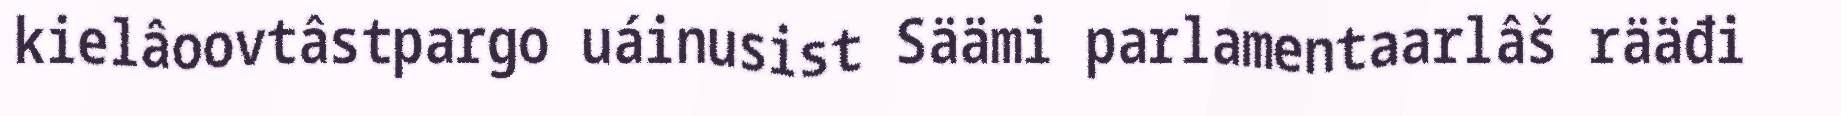
kielâoovtâstpargo uáinusist Säämi parlamentaarlâš rääđi